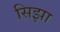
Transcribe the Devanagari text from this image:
सिझा